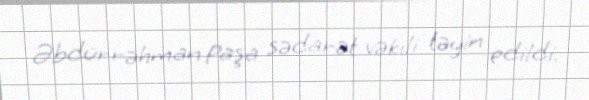
Əbdürrəhman Paşa sədarət vəkili təyin edildi.